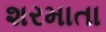
શરમાતા